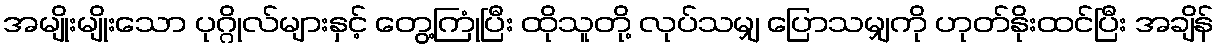
အမျိုးမျိုးသော ပုဂ္ဂိုလ်များနှင့် တွေ့ကြုံပြီး ထိုသူတို့ လုပ်သမျှ ပြောသမျှကို ဟုတ်နိုးထင်ပြီး အချိန်